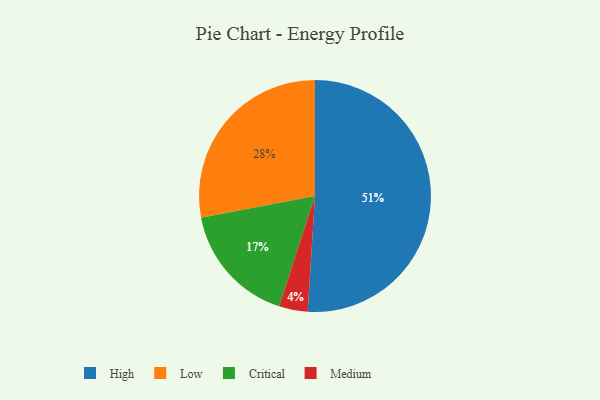
{"axis": {"x": "Category", "y": "Percentage"}, "legend": ["Critical", "High", "Low", "Medium"], "data": [{"x": "Low", "y": 28, "type": "Low"}, {"x": "Medium", "y": 4, "type": "Medium"}, {"x": "High", "y": 51, "type": "High"}, {"x": "Critical", "y": 17, "type": "Critical"}]}